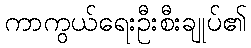
ကာကွယ်ရေးဦးစီးချုပ်၏